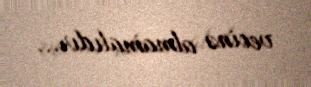
vecinə almamalıdır...